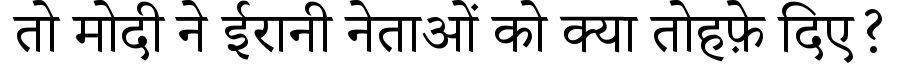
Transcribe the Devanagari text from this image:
तो मोदी ने ईरानी नेताओं को क्या तोहफ़े दिए?